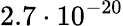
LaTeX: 2.7\cdot 10^{-20}